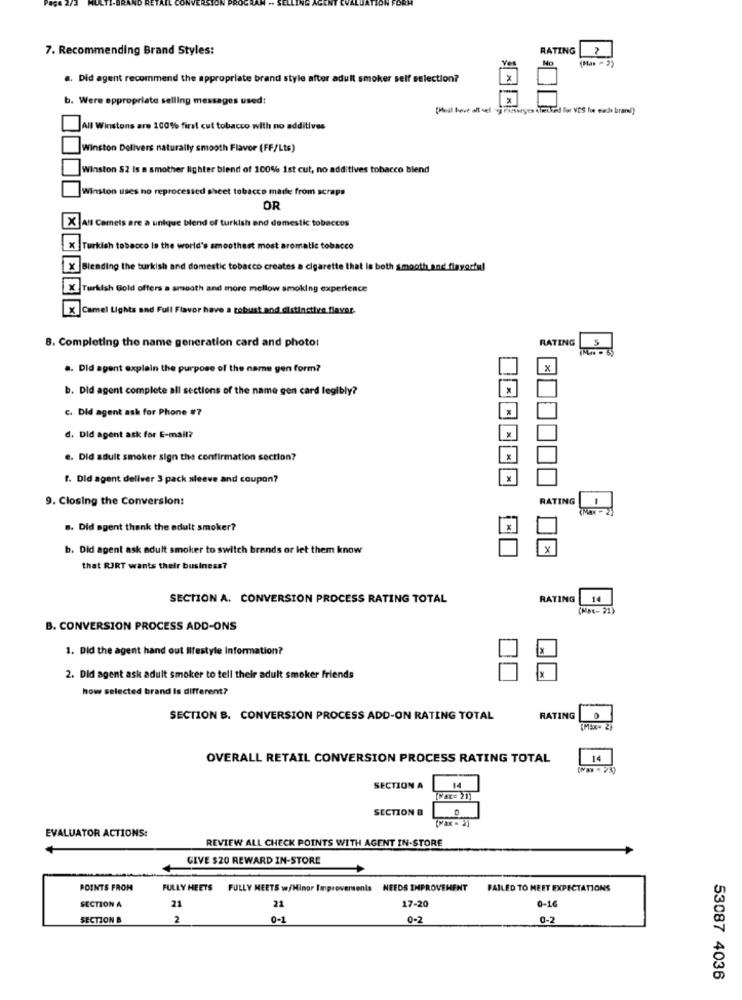
7. Recommending Brand Styles:
RATING
2
No
a. Did agent recommend the appropriate brand style after adult smoker self selection?
b. Were appropriate selling messages used:
[Heil leve olt sel j Fietseyes (iretked for VCS fue eacle brand]
All Winstons are 100% first cut tobacco with no additives
Winston Delivers naturally smooth Flavor (FF/Lts)
Winston 52 Is a smother lighter blend of 100% 1st cut, no additives tobacco blend
Winston uses no reprocessed sheet tobacco made from scraps
OR
X All Camels are a unique blend of turkish and domestic tobaccos
Turkish tobacco Is the world's smoothest most aromatic tobacco
Blending the turkish and domestic tobacco creates a cigarette that is both smooth and flayactul
X3 Turkish Gold offers a smooth and more mellow smoking experience
X Camel Lights and Full Flavor have a robust and distinctive flaver.
8. Completing the name generation card and photo:
RATING
5
.. Did agent explain the purpose of the name gen form?
X
b. Did agent complete all sections of the name gen card legibly?
c. Did agent ask for Phone #7
d. Did agent ask for E-mail?
e. Did adult smoker sign the confirmation section?
f. Did agent deliver 3 pack sleeve and coupon?
*
9. Closing the Conversion:
RATING
.. Did agent thank the adult smoker?
b. Did agent ask adult smoker to switch brands or let them know
X
that RJRT wants their business?
SECTION A. CONVERSION PROCESS RATING TOTAL
RATING
14
(MME- 21)
B. CONVERSION PROCESS ADD-ONS
1. Did the agent hand out lifestyle Information?
2. Did agent ask adult smoker to tell their adult smoker friends
how selected brand Is different?
SECTION B. CONVERSION PROCESS ADD-ON RATING TOTAL
RATING
(Max- 2)
OVERALL RETAIL CONVERSION PROCESS RATING TOTAL
14
SECTION A
14
[MAX= 21)
SECTION &
(Max- 2)
EVALUATOR ACTIONS:
REVIEW ALL CHECK POINTS WITH AGENT IN-STORE
GIVE $20 REWARD IN-STORE
POINTS FROM
FULLY HEETS
FULLY MEETS w/Hinor Improvements NEEDS IMPROVEMENT
FAILED TO MEET EXPECTATIONS
SECTION A
21
21
17-20
0-16
SECTION B
2
0-1
0-2
0-2
53087 4036